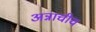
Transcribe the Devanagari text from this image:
अन्नाचीच